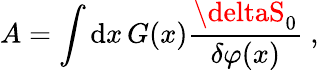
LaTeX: A=\int\mathrm{d}x\, G(x)\frac{{\deltaS_{0}}}{{\delta\varphi(x)}}\ ,